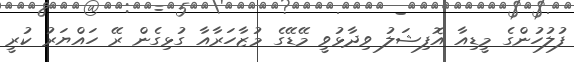
ފުލުހުންގެ މީޑިއާ އޮފިޝަލު ވިދާޅުވީ މޭޑޭގެ މުޒާހަރާއާ ގުޅިގެން ރޭ ހައްޔަރު ކުރީ